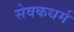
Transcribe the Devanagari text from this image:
सेवकधर्म